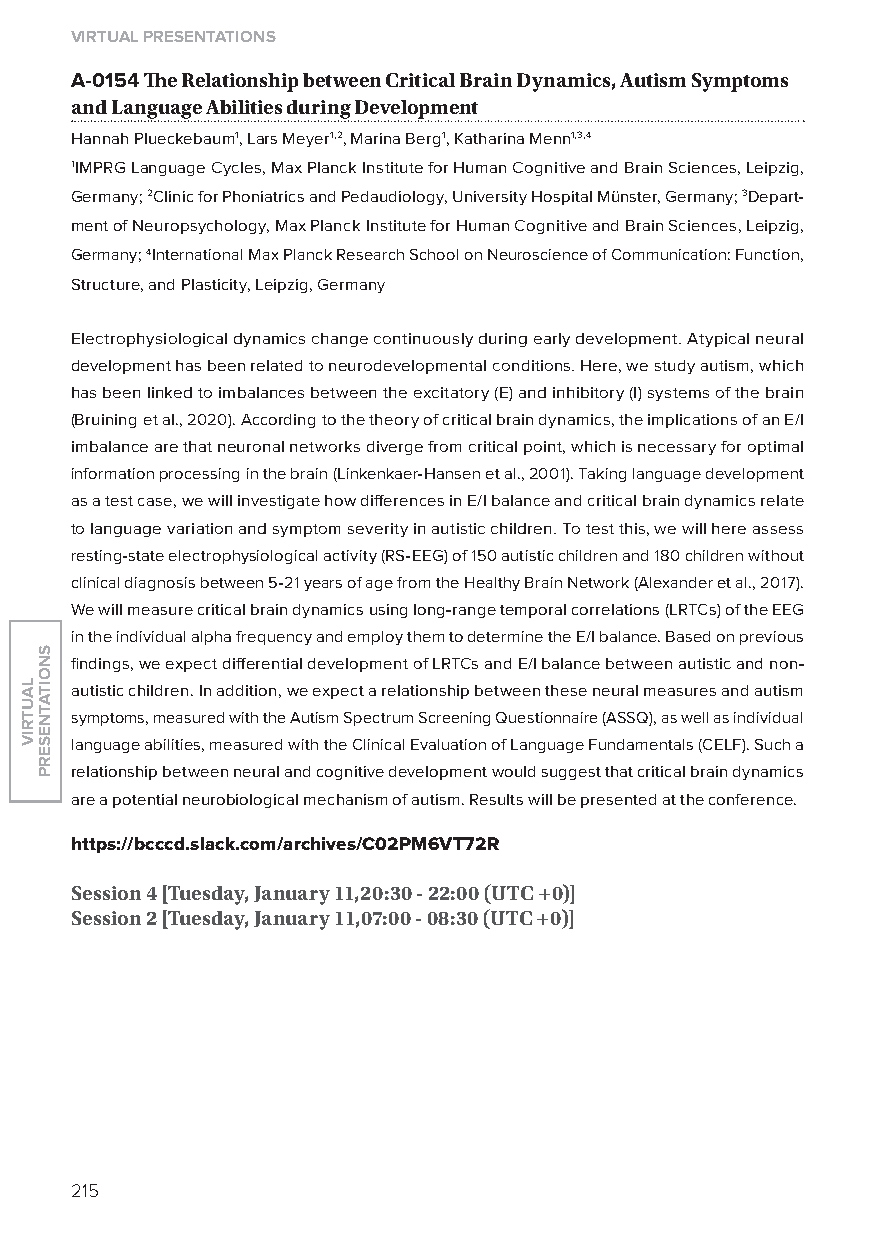
virtual presentations
 A-0154 The relationship between Critical Brain Dynamics, autism symptoms
 and language abilities during Development
 Hannah Plueckebaum1, lars Meyer1,2, Marina Berg1, Katharina Menn1,3,4
 1IMPRG language Cycles, Max Planck Institute for Human Cognitive and Brain Sciences, leipzig,
 Germany; 2Clinic for Phoniatrics and Pedaudiology, University Hospital Münster, Germany; 3Depart-
 ment of Neuropsychology, Max Planck Institute for Human Cognitive and Brain Sciences, leipzig,
 Germany; 4International Max Planck Research School on Neuroscience of Communication: Function,
 Structure, and Plasticity, leipzig, Germany
 Electrophysiological dynamics change continuously during early development. Atypical neural
 development has been related to neurodevelopmental conditions. Here, we study autism, which
 has been linked to imbalances between the excitatory (E) and inhibitory (I) systems of the brain
 (Bruining et al., 2020). According to the theory of critical brain dynamics, the implications of an E/I
 imbalance are that neuronal networks diverge from critical point, which is necessary for optimal
 information processing in the brain (linkenkaer-Hansen et al., 2001). Taking language development
 as a test case, we will investigate how differences in E/I balance and critical brain dynamics relate
 to language variation and symptom severity in autistic children. To test this, we will here assess
 resting-state electrophysiological activity (RS-EEG) of 150 autistic children and 180 children without
 clinical diagnosis between 5-21 years of age from the Healthy Brain Network (Alexander et al., 2017).
 We will measure critical brain dynamics using long-range temporal correlations (lRTCs) of the EEG
 in the individual alpha frequency and employ them to determine the E/I balance. Based on previous
 findings, we expect differential development of lRTCs and E/I balance between autistic and non-
 autistic children. In addition, we expect a relationship between these neural measures and autism
 symptoms, measured with the Autism Spectrum Screening Questionnaire (ASSQ), as well as individual
 language abilities, measured with the Clinical Evaluation of language Fundamentals (CElF). Such a
 relationship between neural and cognitive development would suggest that critical brain dynamics
 are a potential neurobiological mechanism of autism. Results will be presented at the conference.
 https://bcccd.slack.com/archives/C02pM6vT72r
 session 4 [tuesday, January 11,20:30 - 22:00 (utC +0)]
 session 2 [tuesday, January 11,07:00 - 08:30 (utC +0)]
 215
 lautriv
 snoitatneserp